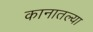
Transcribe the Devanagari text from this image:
कानातल्या